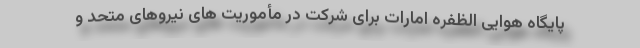
پایگاه هوایی الظفره امارات برای شرکت در مأموریت های نیروهای متحد و